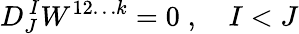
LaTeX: D_{J}^{\, I}W^{12\ldots k}=0\; ,\quad I<J